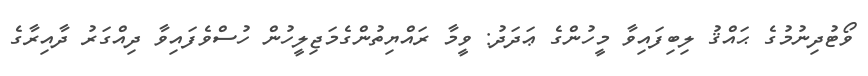
ވޯޓުދިނުމުގެ ޙައްޤު ލިބިފައިވާ މީހުންގެ ޢަދަދު: ވީމާ ރައްޔިތުންގެމަޖިލީހުން ހުސްވެފައިވާ ދިއްގަރު ދާއިރާގެ